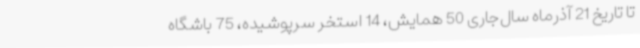
تا تاریخ 21 آذرماه سال‌جاری 50 همایش، 14 استخر سرپوشیده، 75 باشگاه